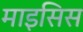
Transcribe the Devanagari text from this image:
माइसिस